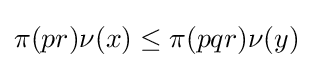
\pi (pr)\nu (x)\leq \pi (pqr)\nu (y)